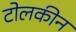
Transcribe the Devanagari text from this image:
टोलकीन